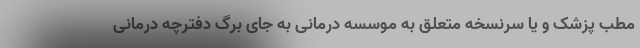
مطب پزشک و یا سرنسخه متعلق به موسسه درمانی به جای برگ دفترچه درمانی